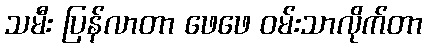
သမီး ပြန်လာတာ ဖေဖေ ဝမ်းသာလိုက်တာ